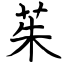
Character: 茱